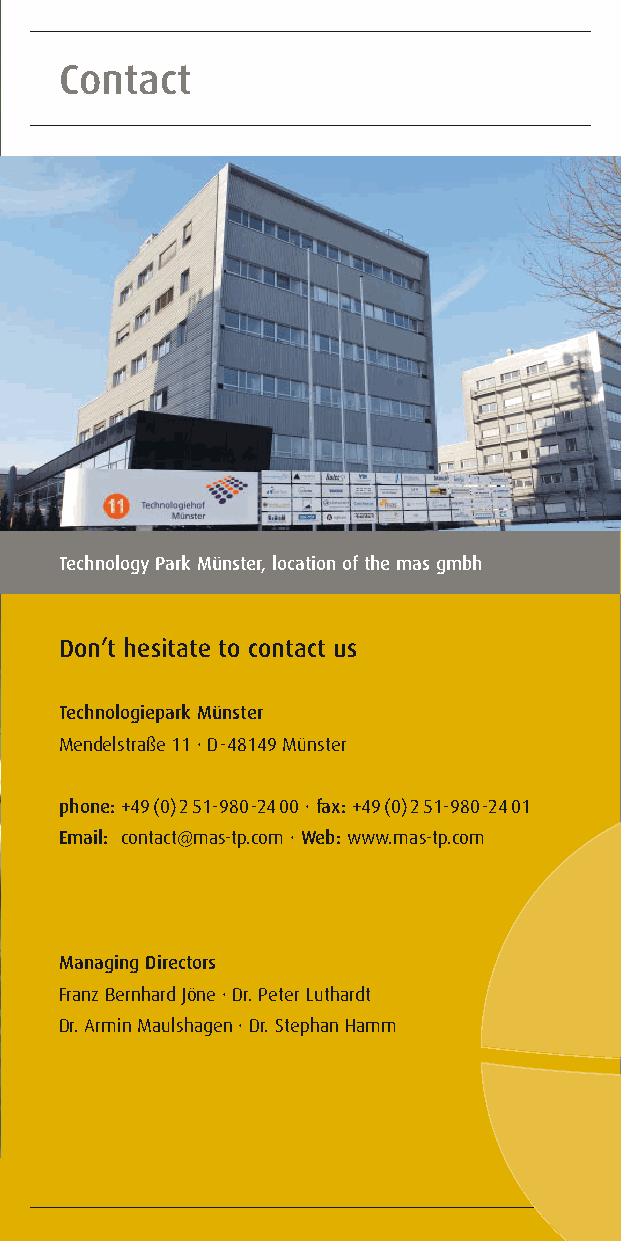
Contact
 Technology Park Münster, location of the mas gmbh
 Don’t hesitate to contact us
 A  future  set-up
 Technologiepark Münster
 Mendelstraße 11 · D-48149 Münster
 Analyses
 phone:+49(0)251-980-2400 · fax:+49(0)251-980-2401          Method-Development
 Email: contact@mas-tp.com · Web:www.mas-tp.com               »Dioxin«-Academy
 Managing Directors
 Franz Bernhard Jöne · Dr. Peter Luthardt
 Dr. Armin Maulshagen · Dr. Stephan Hamm